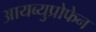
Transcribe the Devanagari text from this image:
आयब्युप्रोफेन